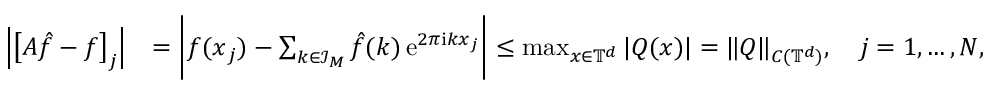
\begin{array} { r l } { \Big | \big [ \boldsymbol A \b { \hat { f } } - \boldsymbol f \big ] _ { j } \Big | } & { = \Bigg | f ( \boldsymbol x _ { j } ) - \sum _ { \boldsymbol k \in \mathcal I _ { \b { M } } } \hat { f } ( \boldsymbol k ) \, \mathrm e ^ { 2 \pi \mathrm i \boldsymbol k \boldsymbol x _ { j } } \Bigg | \leq \operatorname* { m a x } _ { \boldsymbol x \in \mathbb T ^ { d } } | Q ( \boldsymbol x ) | = \| Q \| _ { C ( \mathbb T ^ { d } ) } , \quad j = 1 , \dots , N , } \end{array}